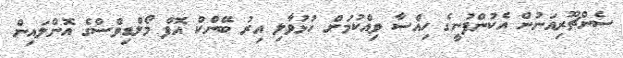
ސެންޗޫރިއަނުން އެކުންފުނީގެ ހިއްސާ ވިއްކުމަށް ހުޅުވާލި އިރު ބޭންކް އޮފް މޯލްޑިވްސްގެ އޮންލައިން